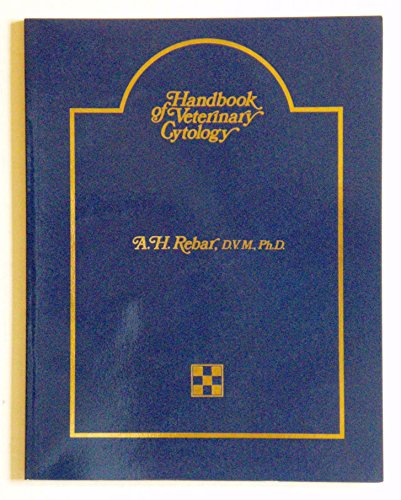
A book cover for Handbook Of Veterinary Cytology; Medical Books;